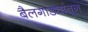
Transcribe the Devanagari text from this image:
बैलगाड्यांतून